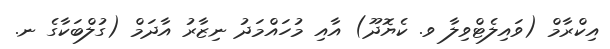
އިކްރާމް (ވައިލެޓްވިލާ ވ. ކެޔޮދޫ) އާއި މުހައްމަދު ނިޒާރު އާދަމް (ގުލްބަކާގެ ނ.